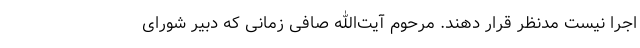
اجرا نیست مدنظر قرار دهند. مرحوم آیت‌الله صافی زمانی که دبیر شورای